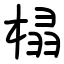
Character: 榋